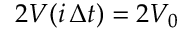
2 V ( i \, \Delta t ) = 2 V _ { 0 }